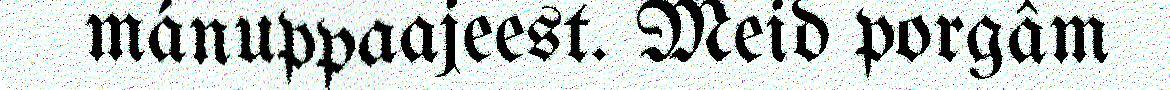
mánuppaajeest. Meid porgâm